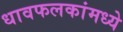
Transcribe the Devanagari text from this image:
धावफलकांमध्ये